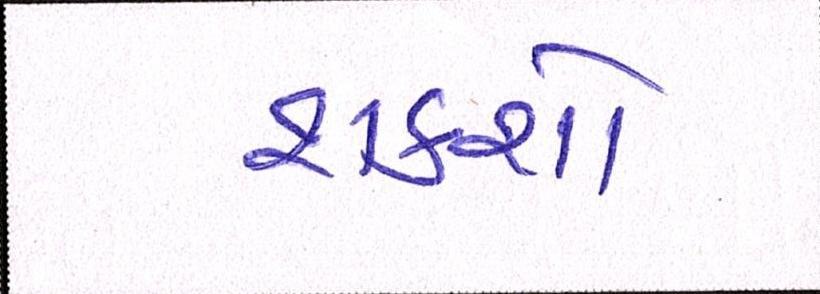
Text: શકશો